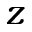
z